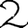
Digit: 2